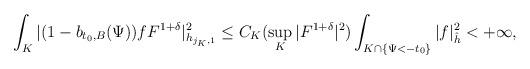
LaTeX: \begin{align*}\int_K|(1-b_{t_0,B}(\Psi))fF^{1+\delta}|^2_{h_{j_K,1}}\le C_K (\sup_K|F^{1+\delta}|^2)\int_{K\cap \{\Psi<-t_0\}} |f|^2_{\hat{h}}<+\infty,\end{align*}